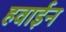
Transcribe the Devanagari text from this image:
हवाईन